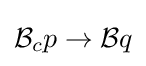
{\mathcal {B}}_{c}p\to {\mathcal {B}}q